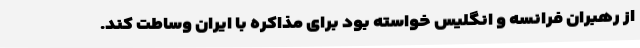
از رهبران فرانسه و انگلیس خواسته بود برای مذاکره با ایران وساطت کند.